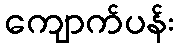
ကျောက်ပန်း